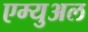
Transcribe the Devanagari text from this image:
एम्युअल